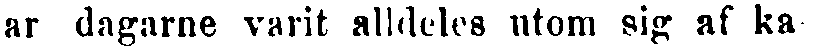
ar dagarne varit alldeles utom sig af ka